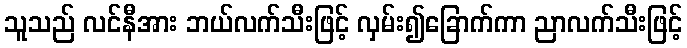
သူသည် လင်နီအား ဘယ်လက်သီးဖြင့် လှမ်း၍ခြောက်ကာ ညာလက်သီးဖြင့်